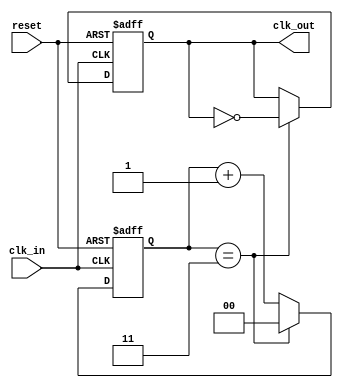
module clock_divider #(
    parameter DIV_FACTOR = 4  // Default division factor
)(
    input wire clk_in,         // Input clock
    input wire reset,          // Asynchronous reset
    output reg clk_out         // Output clock
);

    reg [$clog2(DIV_FACTOR)-1:0] counter; // Internal counter

    always @(posedge clk_in or posedge reset) begin
        if (reset) begin
            counter <= 0;      // Reset the counter
            clk_out <= 0;      // Reset the output clock
        end else begin
            if (counter == DIV_FACTOR - 1) begin
                counter <= 0;   // Reset counter
                clk_out <= ~clk_out; // Toggle the output clock
            end else begin
                counter <= counter + 1; // Increment counter
            end
        end
    end

endmodule